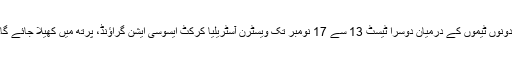
دونوں ٹیموں کے درمیان دوسرا ٹیسٹ 13 سے 17 نومبر تک ویسٹرن آسٹریلیا کرکٹ ایسوسی ایشن گراؤنڈ، پرتھ میں کھیلا جائے گا۔